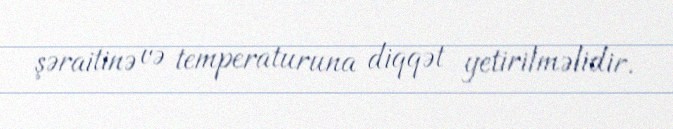
şəraitinə və temperaturuna diqqət yetirilməlidir.